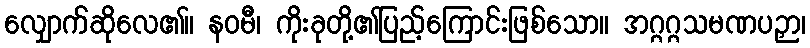
လျှောက်ဆိုလေ၏။ နဝမီ၊ ကိုးခုတို့၏ပြည့်ကြောင်းဖြစ်သော။ အဂ္ဂဂ္ဂသမဏပဉှာ၊